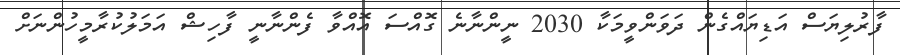
ފާރުލިޔަސް އަޑިޔައްގެން ދަވަންވީމަކާ 2030 ނީންނާނެ ގޮއްސަ އޮއްވާ ފެންނާނީ ފާހިޝް އަމަލުކުރާމީހުންނަށް